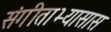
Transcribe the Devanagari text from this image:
संगीताभ्यासास